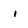
Character: i